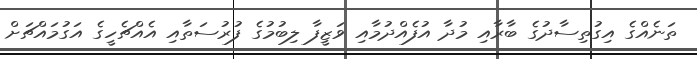
ތަނެއްގެ އިގުތިސާދުގެ ބާރާއި މުދާ އުފެއްދުމާއި ވަޒީފާ ލިބުމުގެ ފުރުސަތާއި އެއްޗެހީގެ އަގުމައްޗަށް